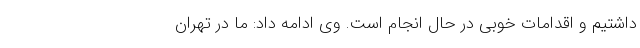
داشتیم و اقدامات خوبی در حال انجام است. وی ادامه داد: ما در تهران